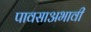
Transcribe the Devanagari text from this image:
पावसाअभावी